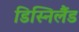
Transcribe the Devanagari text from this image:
डिस्निलैंड